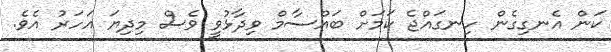
ކަން އެނގިގެން ހިނގައްޖެ ކަމަށް ބައްސާމް ވިދާޅުވީ ވެސް މިދިޔަ އަހަރު އެވެ.